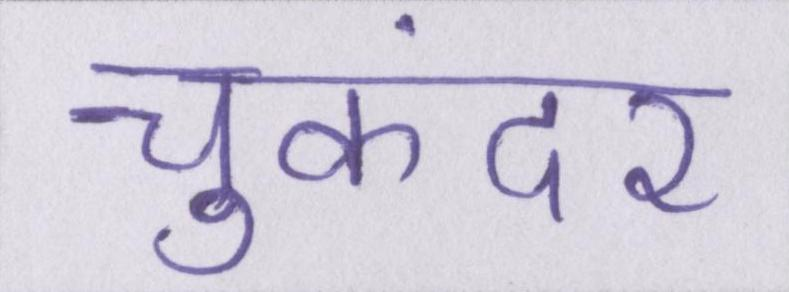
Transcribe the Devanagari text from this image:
चुकंदर